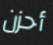
أحزن